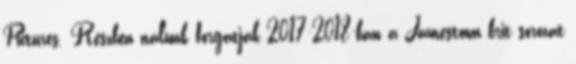
Pictures. Részben nálunk forgatják 2017-2018-ban a Jamestown brit sorozat